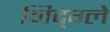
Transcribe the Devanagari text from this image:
मिद्ग्ले